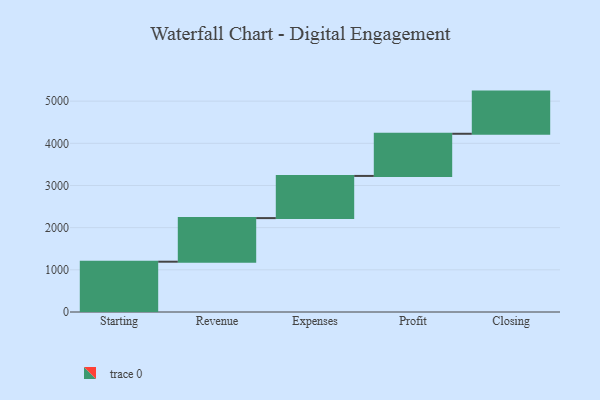
{"axis": {"x": "Step", "y": "Value"}, "legend": [""], "data": [{"x": "Starting", "y": 1193.0, "type": ""}, {"x": "Revenue", "y": 1034.0, "type": ""}, {"x": "Expenses", "y": 1000, "type": ""}, {"x": "Profit", "y": 1000, "type": ""}, {"x": "Closing", "y": 1000, "type": ""}]}